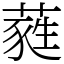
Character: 蕤